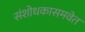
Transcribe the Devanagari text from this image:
संशोधकासमवेत